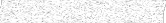
١٢